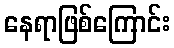
နေရာဖြစ်ကြောင်း